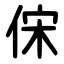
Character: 俕